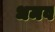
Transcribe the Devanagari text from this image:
धमव